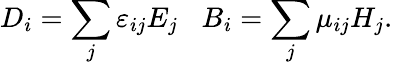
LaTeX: D_{i}=\sum_{j}\varepsilon_{ij}E_{j}\; \; \; B_{i}=\sum_{j}\mu_{ij}H_{j}.